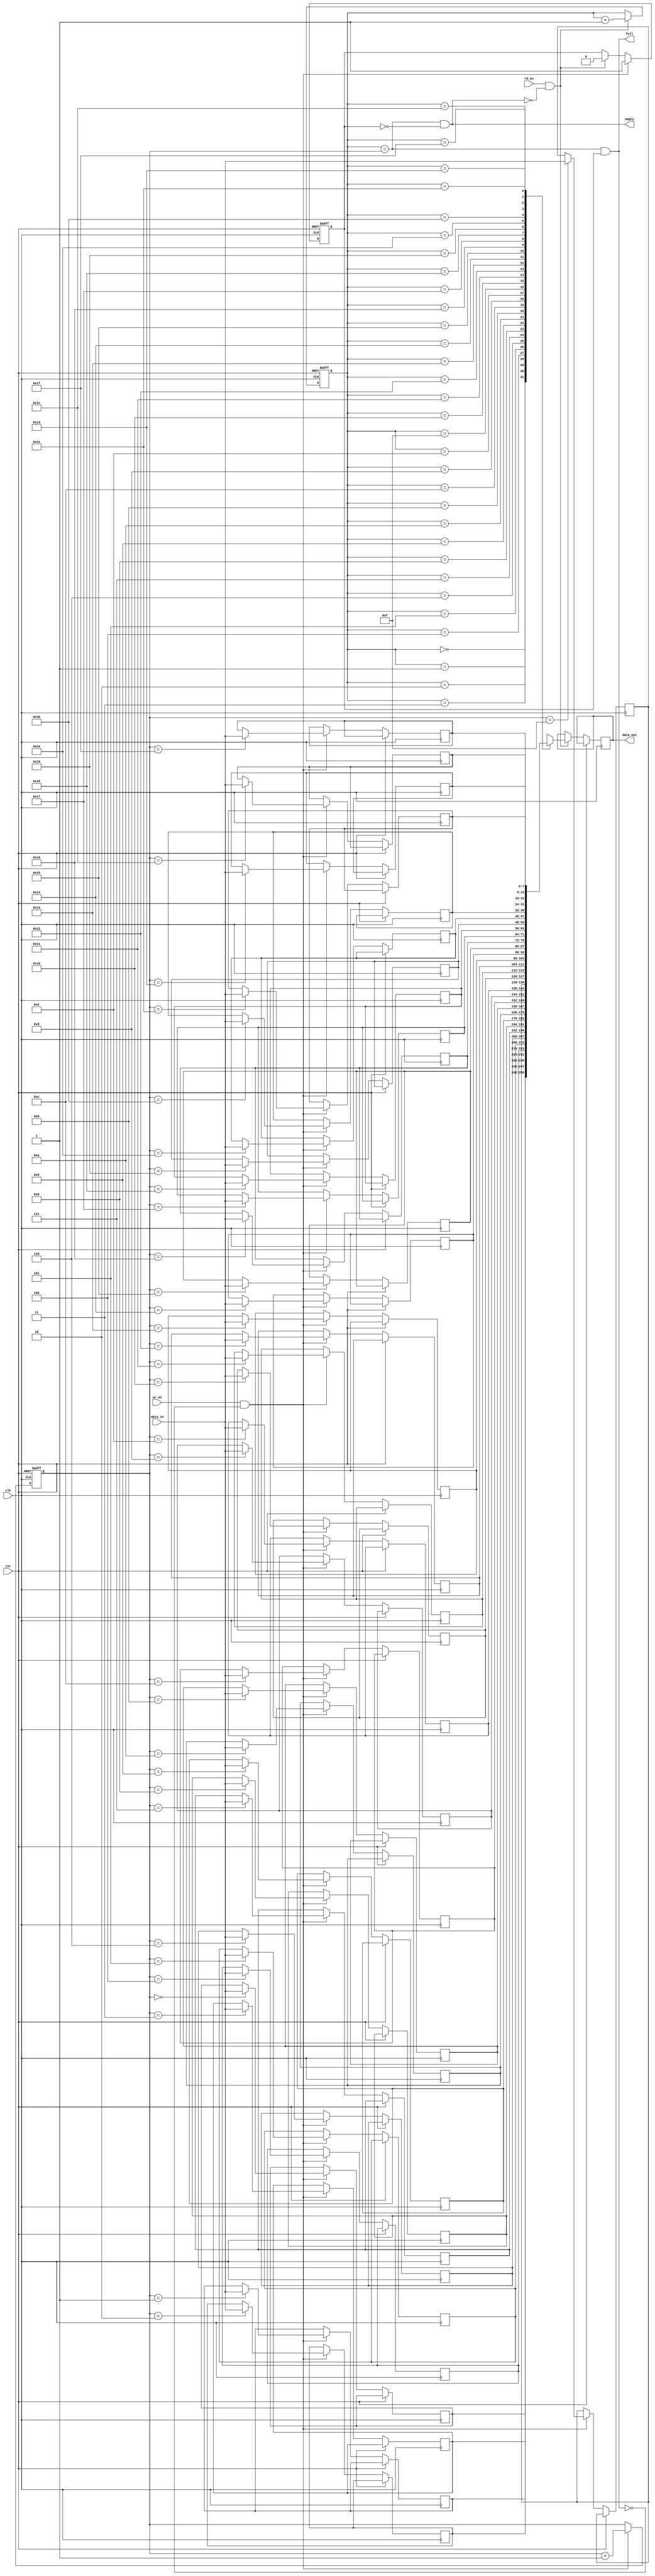
`timescale 1ns / 1ps
module fifo

#(parameter awidth =5, parameter dwidth =8) //address width and data width
(
input clk, rst, wr_en, rd_en,
input [dwidth-1:0] data_in,
output full, empty,
output reg [dwidth-1:0] data_out
);
localparam depth = 2**awidth;
reg [dwidth-1:0] mem [0:depth-1];

reg [awidth-1:0] wptr;
reg [awidth-1:0] rptr;
reg wrote;

always@(posedge clk or posedge rst)
begin
    if(rst)
    begin
        wptr <= 1'b0;
        rptr <= 1'b0;
        wrote <= 1'b0;
    end
    else
    begin
        if(rd_en && !empty)
        begin
            data_out <= mem[rptr];
            rptr <= rptr+1;
            wrote = 0;
        end
        if(wr_en && !full)
        begin
            mem[wptr] <= data_in;
            wptr <= wptr+1;
            wrote = 1;
        end
    end
end
assign empty = (rptr == wptr) && !wrote;
assign full = (rptr == wptr) && wrote;

endmodule